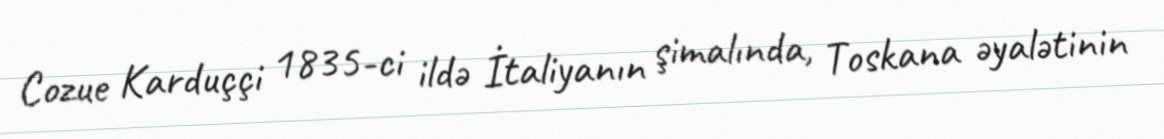
Cozue Karduççi 1835-ci ildə İtaliyanın şimalında, Toskana əyalətinin